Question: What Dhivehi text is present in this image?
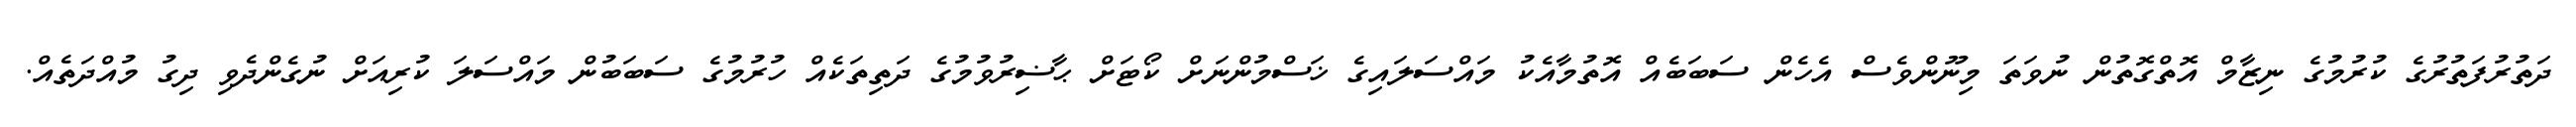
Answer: ދަތުރުފަތުރުގެ ކުރުމުގެ ނިޒާމް އޮތްގޮތުން ނުވަތަ މިނޫންވެސް އެހެން ސަބަބެއް އޮތުމާއެކު މައްސަލައިގެ ޚަސްމުންނަށް ކޯޓަށް ޙާޟިރުވުމުގެ ދަތިތަކެއް ހުރުމުގެ ސަބަބުން މައްސަލަ ކުރިއަށް ނުގެންދެވި ދިގު މުއްދަތެއް.